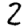
Digit: 2